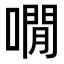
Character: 㗴